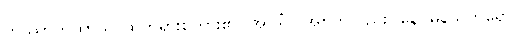
တဿာကထာယ၊ ထိုတရားစကား၏။ အာဒိံပိ၊ အစကိုလည်း။ နေဝမနသိကရော